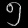
Digit: ၅